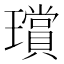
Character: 𤪸